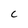
Character: c